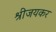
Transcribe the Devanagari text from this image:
श्रीजयकर